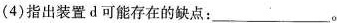
(4)指出装置d可能存在的缺点：___。